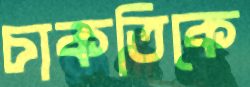
চাকতিকে